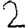
Digit: 2